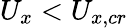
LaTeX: U_{x}<U_{x,cr}